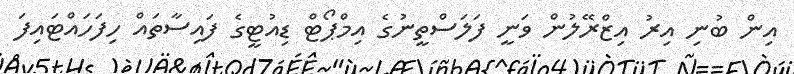
އިން ބުނި އިރު އިޒްރޭލުން ވަނީ ފަލަސްތީނުގެ އިމްޕޯޓް ޑިއުޓީގެ ފައިސާތައް ހިފަހައްޓައިފަ